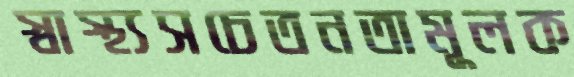
স্বাস্থ্যসচেতনতামূলক